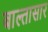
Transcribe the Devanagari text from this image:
बाल्तासार